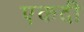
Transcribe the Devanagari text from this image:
एकदी